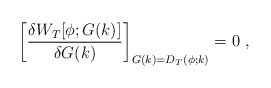
\begin{align*}\biggl[{\delta W_T[\phi;G(k)] \over \delta G(k)}\biggr]_{G(k)=D_T(\phi;k)}= 0~,\end{align*}